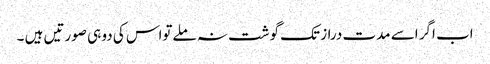
اب اگر اسے مدت دراز تک گوشت نہ ملےتواس کی دو ہی صورتیں ہیں ۔